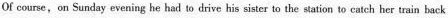
Of course, on Sunday evening he had to drive his sister to the station to catch her train back